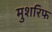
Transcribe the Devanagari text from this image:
मुशरिफ